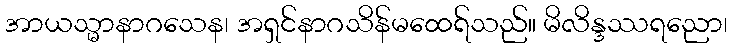
အာယသ္မာနာဂသေန၊ အရှင်နာဂသိန်မထေရ်သည်။ မိလိန္ဒဿရညော၊